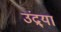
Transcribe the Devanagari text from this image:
उंद्र्या